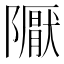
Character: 𨽀